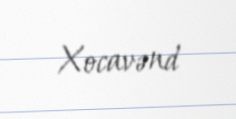
Xocavənd